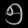
Digit: ၅